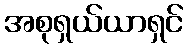
အစုရှယ်ယာရှင်